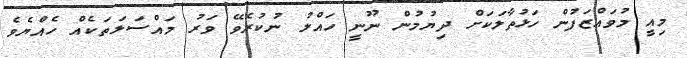
މިއީ މުވައްޒަފުން ހަޅުތާލަކަށް ދިޔުމުން ނޫނީ ހައްލު ނުކުރެވޭ ވަރު މައްސަލަތަކެއް ހެއްޔެވެ